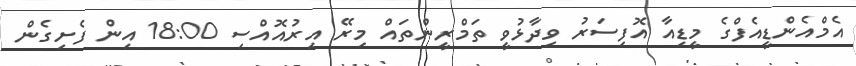
އެމްއެންޑީއެފްގެ މީޑިއާ އޮފިސަރު ވިދާޅުވީ ތަމްރީންތައް މިރޭ އިރުއޮއްސި 18:00 އިން ފެށިގެން